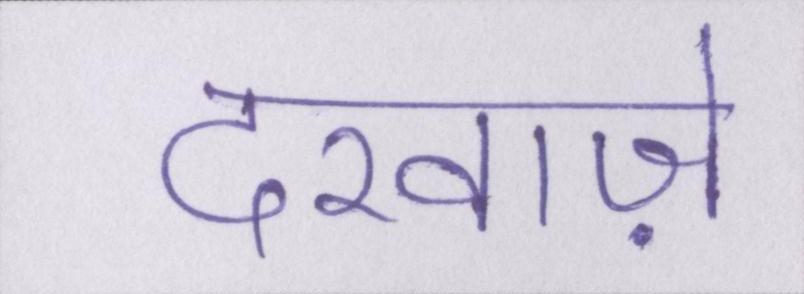
दरवाज़े